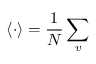
\langle \cdot \rangle = \frac { 1 } { N } \sum _ { v }